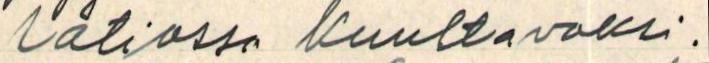
ratiossa kuultavaksi.